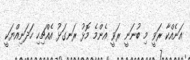
އަނެއްކާ ރަވީ މި ބުނަނީ ރަވީ އެންމެ މޮޅު ރަނގަޅު އެއްޗިހި ހަދަނިއްޔަކީ